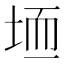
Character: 𫭱